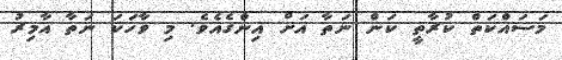
މަސައްކަތް ކުރާތީ ކަން ނަތާ އަށް އިންގެއެވެ. މި ވާހަކަ ނަތާާ އާމިރު